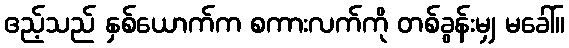
ဧည့်သည် နှစ်ယောက်က စကားလက်ကို တစ်ခွန်းမျှ မခေါ်။